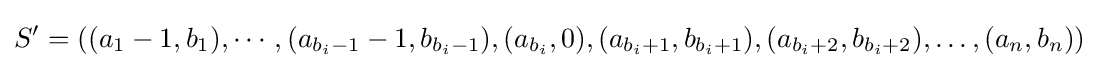
S'=((a_{1}-1,b_{1}),\cdots ,(a_{b_{i}-1}-1,b_{b_{i}-1}),(a_{b_{i}},0),(a_{b_{i}+1},b_{b_{i}+1}),(a_{b_{i}+2},b_{b_{i}+2}),\dots ,(a_{n},b_{n}))